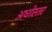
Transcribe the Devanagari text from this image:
अधोस्तर